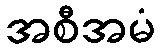
အစီအမံ